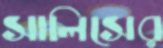
সালিসের